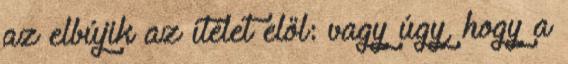
az elbújik az ítélet elől: vagy úgy, hogy a